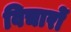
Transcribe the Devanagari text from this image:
विचारोें